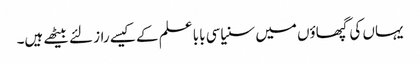
یہاں کی گپھاؤں میں سنیاسی بابا علم کے کیسے راز لئے بیٹھے ہیں۔